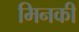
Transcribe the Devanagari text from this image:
मिनकी